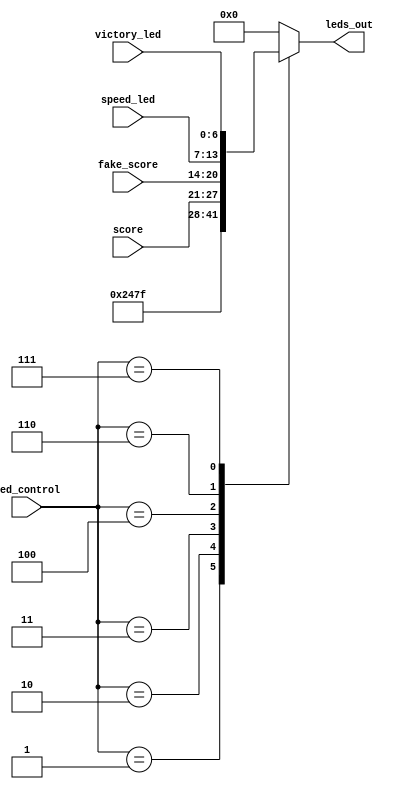
`timescale 1ns / 1ps
//////////////////////////////////////////////////////////////////////////////////
// Company: 
// Engineer: 
// 
// Design Name: 
// Module Name:    led_mux 
// Project Name: 
// Target Devices: 
// Tool versions: 
// Description: 
//
// Dependencies: 
//
// Revision: 
// Revision 0.01 - File Created
// Additional Comments: 
//
//////////////////////////////////////////////////////////////////////////////////
module led_mux(score, led_control, fake_score, speed_led, leds_out, victory_led);

    input wire [6:0] score; 
	 input wire [6:0] fake_score;
	 input wire [6:0] speed_led;
	 input wire [2:0] led_control;
	 input wire [6:0] victory_led;
    output reg [6:0] leds_out;
 
always @(led_control or score or fake_score or speed_led or victory_led) begin
//score output by scorer controls which LEDs are on, as dictated by led_control
//states are 00 = display reset code, 01 = all leds off (dark), 11 = display score
	case(led_control)
		3'b000: leds_out = 7'b0000000; //all off - dark state
		3'b001: leds_out = 7'b1001000; //RESET
		3'b010: leds_out = 7'b1111111;//all on - wait states
		3'b011: leds_out = score;//displaying score in play state;
		3'b100: leds_out = fake_score;//display fake round score
		3'b110: leds_out = speed_led;//SPEED SOMETHING OR ANOTHER!
		3'b111: leds_out = victory_led; // show victory led when 
		//2 unused states
		default: leds_out = 7'b0000000;
	endcase
end

endmodule